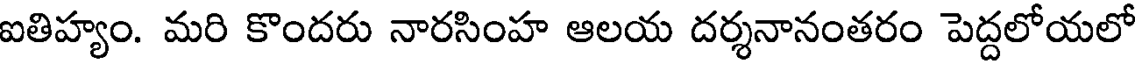
ఐతిహ్యం. మరి కొందరు నారసింహ ఆలయ దర్శనానంతరం పెద్దలోయలో